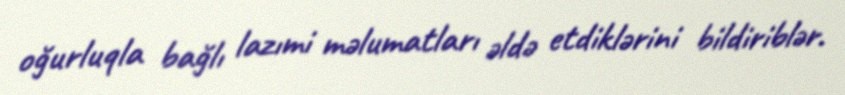
oğurluqla bağlı lazımi məlumatları əldə etdiklərini bildiriblər.